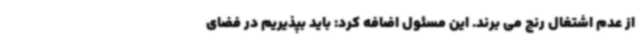
از عدم اشتغال رنج می برند. این مسئول اضافه کرد: باید بپذیریم در فضای